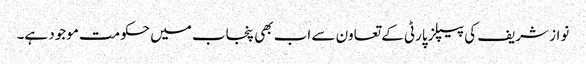
نواز شریف کی پیپلز پارٹی کے تعاون سے اب بھی پنجاب میں حکومت موجود ہے۔